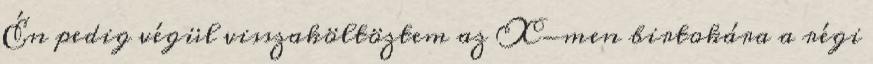
Én pedig végül visszaköltöztem az X-men birtokára a régi